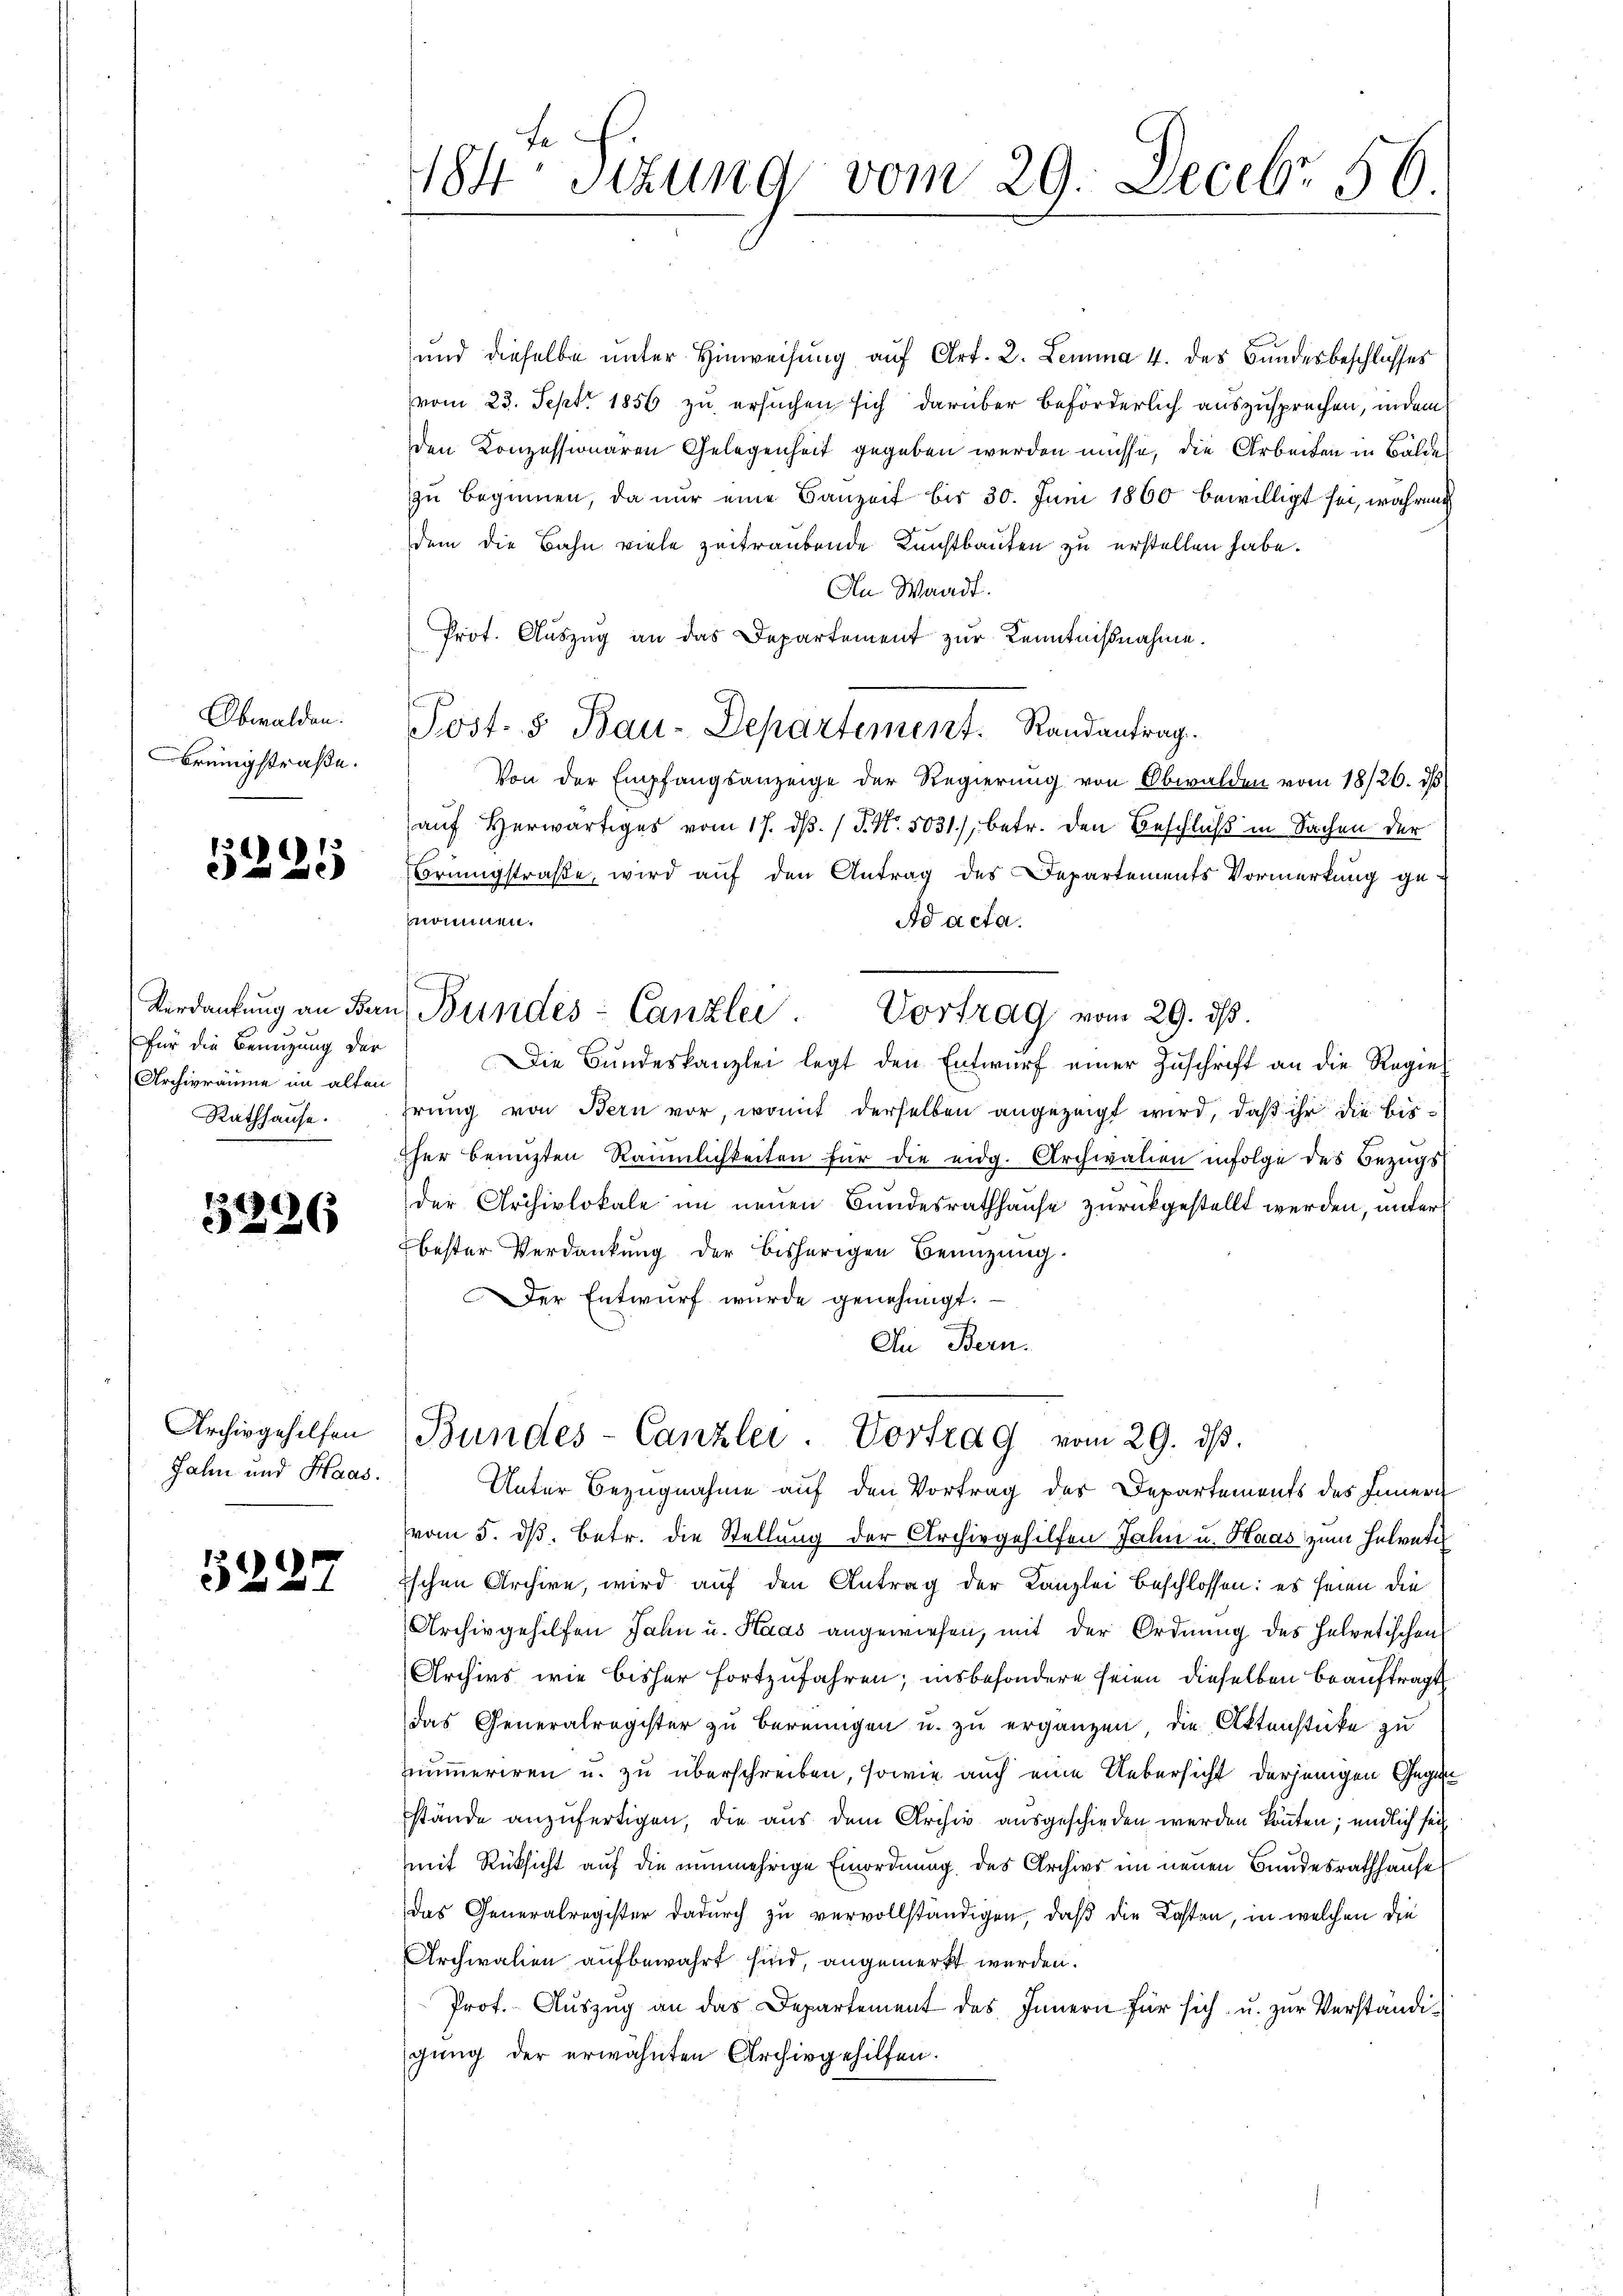
Obwalden.
rengstraße.

134/3
e

für die Benuzung der
Archivräume im alten
Rathhause.

3296

Archivgehelfen
Jahn und Haas.

5227

184 sizung vom 29. Decbr 56.

und dieselbe unter Hinweisung auf Art. 2. Lemma 4. des Bundesbeschlusses
vom 23. Sept. 1856 zu ersuchen sich darüber beförderlich auszusprechen, indem
den Konzessionären Gelegenheit gegeben werden müsse, die Arbeiten in Bälde
zu beginnen, da nur eine Bauzeit bis 30. Juni 1860 bewilligt sei, währen
dem die Bahn viele zeitraubende Kunstbauten zu erstellen habe.
An Waadt.
Prot. Auszug an das Departement zur Kenntnißnahme.
Von der Empfangsanzeige der Regierung von Obwalden vom 18/26. ds
auf Herwärtiges vom 17. dβ. / P. Nr. 5031), betr. den Beschluß in Sachen der
Bringstraße, wird auf den Antrag des Departements Vormerkung ge-
nommen.
Ad acta.
Verdankŭng an den Bundes-Canzlei. Vortrag vom 29. ds.
Die Bundeskanzlei legt den Entwurf einer Zuschrift an die Regiehrŭng von Bern vor, womit derselben angezeigt wird, daß ihr die bisher benuzten Räumlichkeiten für die eidg. Archivalien infolge des Bezugs
der Archivlokale im neuen Bundesrathhause zurückgestellt werden, unter
bester Verdankung der bisherigen Benützung.
Der Entwurf wurde genehmigt.
In Bern.

Post- & Bau-Departement. Randantrag.

Bundes-Canzlei. Vortrag vom 29. ds.

Unter Bezugnahme auf den Vortrag des Departements des Innern
vom 5. dß. Betr. die Stellung der Archivgehilfen Jahn u. Haas zum Helveti
ischen Archive, wird auf den Antrag der Kanzlei beschlossen: es heien die
Archivgehilfen Jahn u. Haas angewiesen, mit der Ordnung des Helvetischen
Archivs wie bisher fortzufahren; insbesondere seien dieselben beauftragt
das Generalregister zu bereingen u. zu ergänzen, die Aktenstücke zu
numeriren u. zu überschreiben, sowie auch eine Uebersicht derjenigen Gegen
stände anzufertigen, die aus dem Archiv ausgeschieden werden könnten; endlich sei
mit Rücksicht auf die nunmehrige Einordnung des Archive im neuen Bundesrathhause
Das Generalregister dadurch zu vervollständigen, daß die Kosten, in welchen die
Archivalien aufbewahrt sind, angemerkt werden.
Prof. Auszug an das Departement des Innern für sich u. zur Verständigung der erwähnten Archivgehilfen.